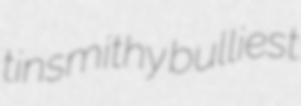
tinsmithy bulliest